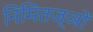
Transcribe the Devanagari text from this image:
निमितज्ञों